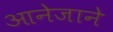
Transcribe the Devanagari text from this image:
आनेजाने